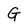
Character: G